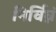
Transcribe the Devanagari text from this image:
निर्विघ्नं